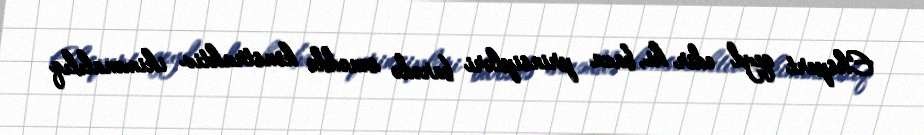
Ekspert qeyd edir ki, baza prinsipləri barədə sənəddə konstruktiv ikimənalılıq